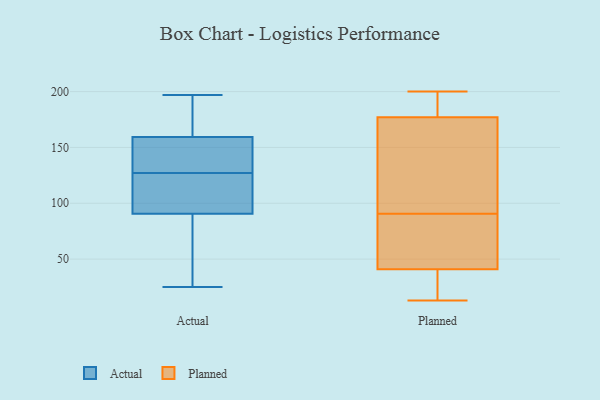
{"axis": {"x": "Tickets Resolved", "y": "Value"}, "legend": ["Actual", "Planned"], "data": [{"x": "", "y": 197, "type": "Actual"}, {"x": "", "y": 141, "type": "Actual"}, {"x": "", "y": 137, "type": "Actual"}, {"x": "", "y": 95, "type": "Actual"}, {"x": "", "y": 134, "type": "Actual"}, {"x": "", "y": 154, "type": "Actual"}, {"x": "", "y": 161, "type": "Actual"}, {"x": "", "y": 89, "type": "Actual"}, {"x": "", "y": 72, "type": "Actual"}, {"x": "", "y": 109, "type": "Actual"}, {"x": "", "y": 108, "type": "Actual"}, {"x": "", "y": 127, "type": "Actual"}, {"x": "", "y": 84, "type": "Actual"}, {"x": "", "y": 25, "type": "Actual"}, {"x": "", "y": 190, "type": "Actual"}, {"x": "", "y": 187, "type": "Actual"}, {"x": "", "y": 46, "type": "Actual"}, {"x": "", "y": 181, "type": "Actual"}, {"x": "", "y": 127, "type": "Actual"}, {"x": "", "y": 13, "type": "Planned"}, {"x": "", "y": 126, "type": "Planned"}, {"x": "", "y": 41, "type": "Planned"}, {"x": "", "y": 94, "type": "Planned"}, {"x": "", "y": 184, "type": "Planned"}, {"x": "", "y": 23, "type": "Planned"}, {"x": "", "y": 184, "type": "Planned"}, {"x": "", "y": 117, "type": "Planned"}, {"x": "", "y": 181, "type": "Planned"}, {"x": "", "y": 46, "type": "Planned"}, {"x": "", "y": 177, "type": "Planned"}, {"x": "", "y": 85, "type": "Planned"}, {"x": "", "y": 135, "type": "Planned"}, {"x": "", "y": 37, "type": "Planned"}, {"x": "", "y": 200, "type": "Planned"}, {"x": "", "y": 55, "type": "Planned"}, {"x": "", "y": 87, "type": "Planned"}, {"x": "", "y": 35, "type": "Planned"}]}